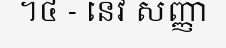
។៤ - នេវ សញ្ញា